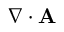
\nabla \cdot \mathbf { A }